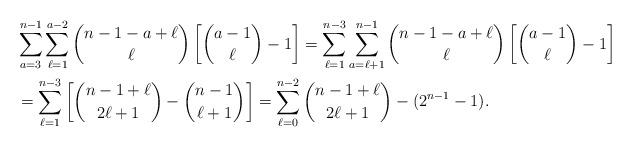
LaTeX: \begin{align*}&\sum_{a=3}^{n-1}\sum_{\ell=1}^{a-2}\binom{n-1-a+\ell}{\ell}\left[\binom{a-1}{\ell}-1\right]=\sum_{\ell=1}^{n-3}\sum_{a=\ell+1}^{n-1}\binom{n-1-a+\ell}{\ell}\left[\binom{a-1}{\ell}-1\right]\\&=\sum_{\ell=1}^{n-3}\left[\binom{n-1+\ell}{2\ell+1}-\binom{n-1}{\ell+1}\right]=\sum_{\ell=0}^{n-2}\binom{n-1+\ell}{2\ell+1}-(2^{n-1}-1).\end{align*}